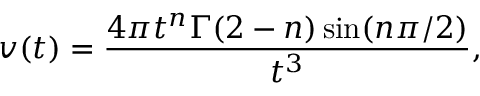
v ( t ) = \frac { 4 \pi t ^ { n } \Gamma ( 2 - n ) \sin ( n \pi / 2 ) } { t ^ { 3 } } ,